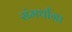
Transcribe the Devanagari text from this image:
संमर्थांना